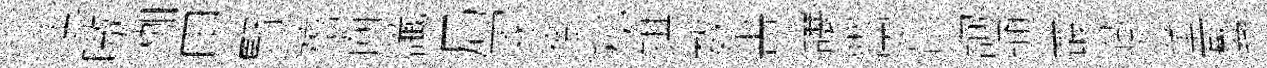
迪嗷枷甲賢禧靣䜟局冢倒秘琪数晝讓鬻亯詢通叢燕董鬘